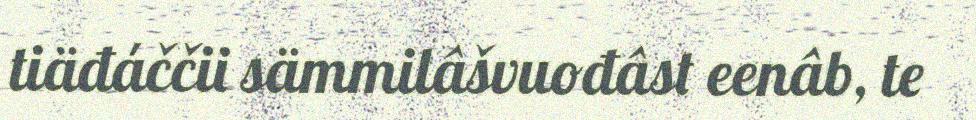
tiäđáččii sämmilâšvuođâst eenâb, te